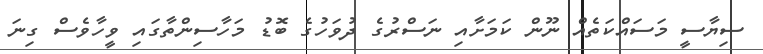
ސިޔާސީ މަސައްކަތެއް ނޫން ކަމަށާއި ނަސްރުގެ ދުވަހުގެ ބޮޑު މަހާސިންތާގައި ވީހާވެސް ގިނަ